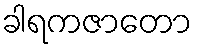
ခါရကဇာတော